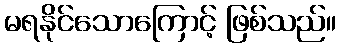
မရနိုင်သောကြောင့် ဖြစ်သည်။